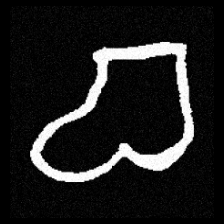
Pyu character \u2014 Myanmar letter: စ (romanized: ca)